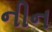
નીન